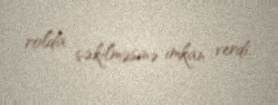
rolda çəkilməsinə imkan verdi.